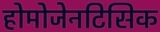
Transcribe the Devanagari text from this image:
होमोजेनटिसिक